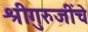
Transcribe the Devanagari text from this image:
श्रीगुरुजींचे